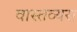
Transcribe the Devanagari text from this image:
वास्तव्यस